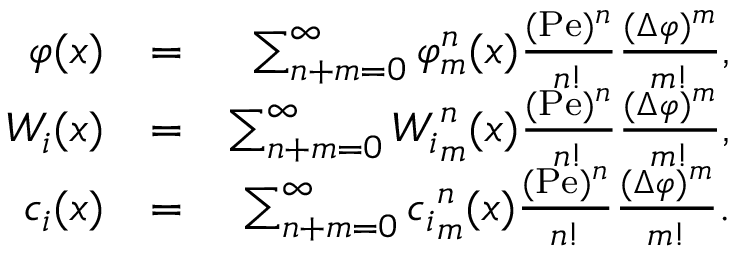
\begin{array} { r l r } { \varphi ( x ) } & { = } & { \sum _ { n + m = 0 } ^ { \infty } { \varphi } _ { m } ^ { n } ( x ) \frac { ( \mathrm { P e } ) ^ { n } } { n ! } \frac { ( \Delta \varphi ) ^ { m } } { m ! } , } \\ { W _ { i } ( x ) } & { = } & { \sum _ { n + m = 0 } ^ { \infty } { W _ { i } } _ { m } ^ { n } ( x ) \frac { ( \mathrm { P e } ) ^ { n } } { n ! } \frac { ( \Delta \varphi ) ^ { m } } { m ! } , } \\ { c _ { i } ( x ) } & { = } & { \sum _ { n + m = 0 } ^ { \infty } { c _ { i } } _ { m } ^ { n } ( x ) \frac { ( \mathrm { P e } ) ^ { n } } { n ! } \frac { ( \Delta \varphi ) ^ { m } } { m ! } . } \end{array}